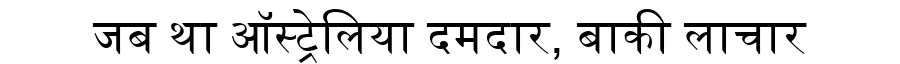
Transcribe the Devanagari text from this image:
जब था ऑस्ट्रेलिया दमदार, बाकी लाचार